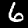
Digit: 6